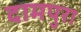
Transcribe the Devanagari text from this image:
दामपुरा